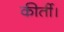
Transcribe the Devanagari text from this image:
कीर्ती।